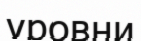
уровни